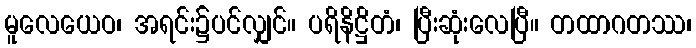
မူလေယေဝ၊ အရင်း၌ပင်လျှင်။ ပရိနိဋ္ဌိတံ၊ ပြီးဆုံးလေပြီ။ တထာဂတဿ၊